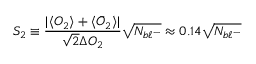
S _ { 2 } \equiv \frac { | \langle { \cal { O } } _ { 2 } \rangle + \langle \bar { \cal { O } } _ { 2 } \rangle | } { \sqrt { 2 } \Delta { \cal { O } } _ { 2 } } \sqrt { N _ { b \ell ^ { - } } } \approx 0 . 1 4 \sqrt { N _ { b \ell ^ { - } } }